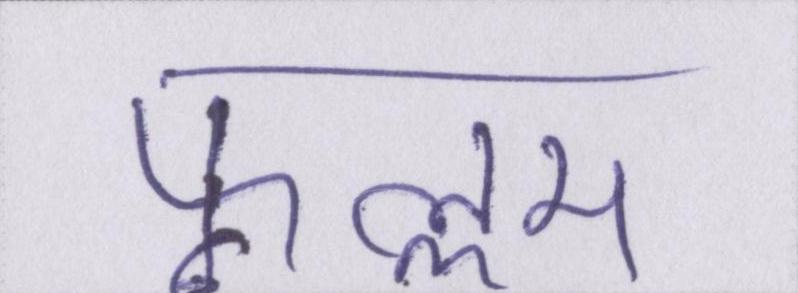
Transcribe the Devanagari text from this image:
फ़ुल्लम